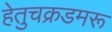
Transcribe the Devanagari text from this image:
हेतुचक्रडमरू